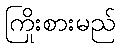
ကြိုးစားမည်